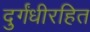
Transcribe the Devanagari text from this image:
दुर्गंधीरहित